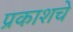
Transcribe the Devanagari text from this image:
प्रकाशचे